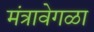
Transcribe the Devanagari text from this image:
मंत्रावेगळा